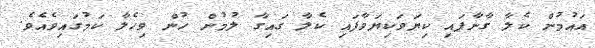
އައުމުން ކެލާ ގާނާފައި ކިޔަވަކިޔަވާފައި ކެލާ ގައިގާ ލުމުން ހުން ވިހެލާ ކަމުގައިވެއެވެ.